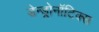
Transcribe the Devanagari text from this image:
डेन्ड्रोनॉटिक्स